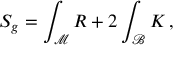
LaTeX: S _ { g } = \int _ { \mathcal M } R + 2 \int _ { { \mathcal B } } K \, ,